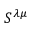
S ^ { \lambda \mu }